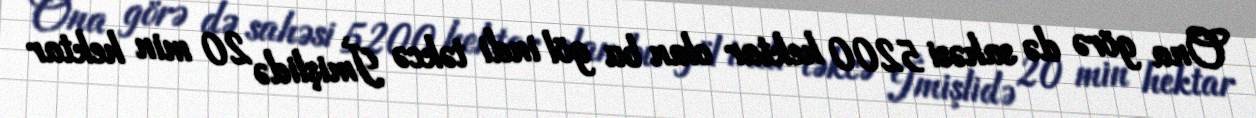
Ona görə də sahəsi 5200 hektar olan bu göl indi təkcə İmişlidə 20 min hektar